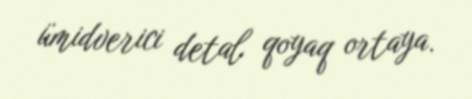
ümidverici detal qoyaq ortaya.